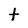
Character: t